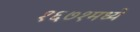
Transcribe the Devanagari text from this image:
१६७१मध्ये